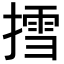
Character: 𢳬